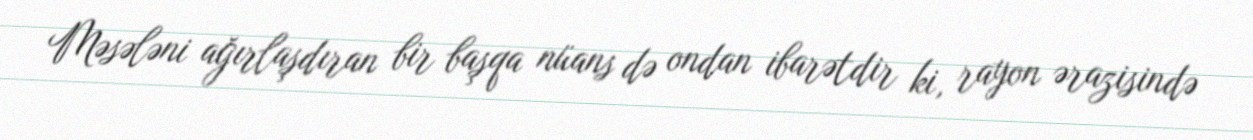
Məsələni ağırlaşdıran bir başqa nüans də ondan ibarətdir ki, rayon ərazisində